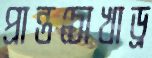
প্রান্তচোখাড্র